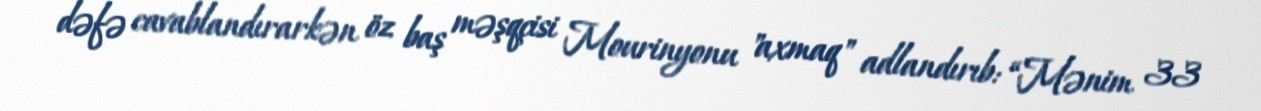
dəfə cavablandırarkən öz baş məşqçisi Mourinyonu "axmaq" adlandırıb: “Mənim 33